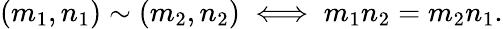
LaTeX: \left(m_{1},n_{1}\right)\sim\left(m_{2},n_{2}\right)\iff m_{1}n_{2}=m_{2}n_{1}.